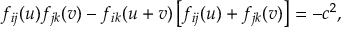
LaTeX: f _ { i j } ( u ) f _ { j k } ( v ) - f _ { i k } ( u + v ) \left[ f _ { i j } ( u ) + f _ { j k } ( v ) \right] = - c ^ { 2 } ,